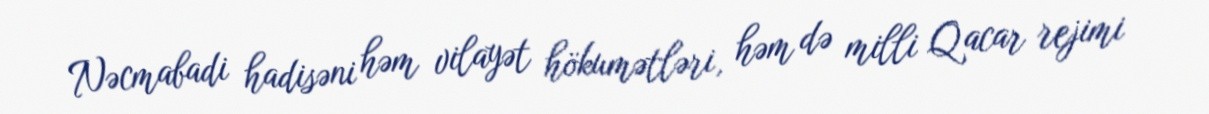
Nəcmabadi hadisəni həm vilayət hökumətləri, həm də milli Qacar rejimi